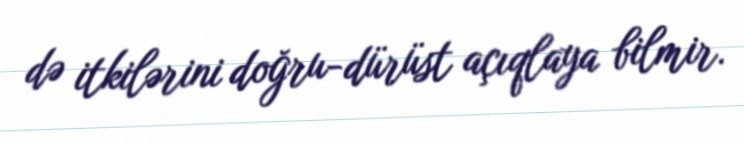
də itkilərini doğru-dürüst açıqlaya bilmir.